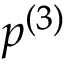
p ^ { ( 3 ) }